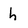
Character: h